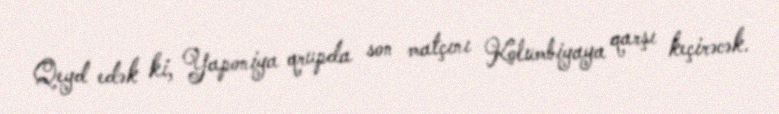
Qeyd edək ki, Yaponiya qrupda son matçını Kolumbiyaya qarşı keçirəcək.